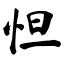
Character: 怛